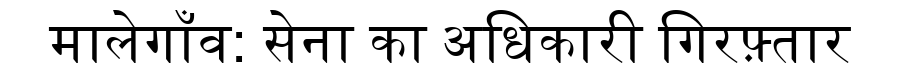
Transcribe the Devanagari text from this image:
मालेगाँव: सेना का अधिकारी गिरफ़्तार